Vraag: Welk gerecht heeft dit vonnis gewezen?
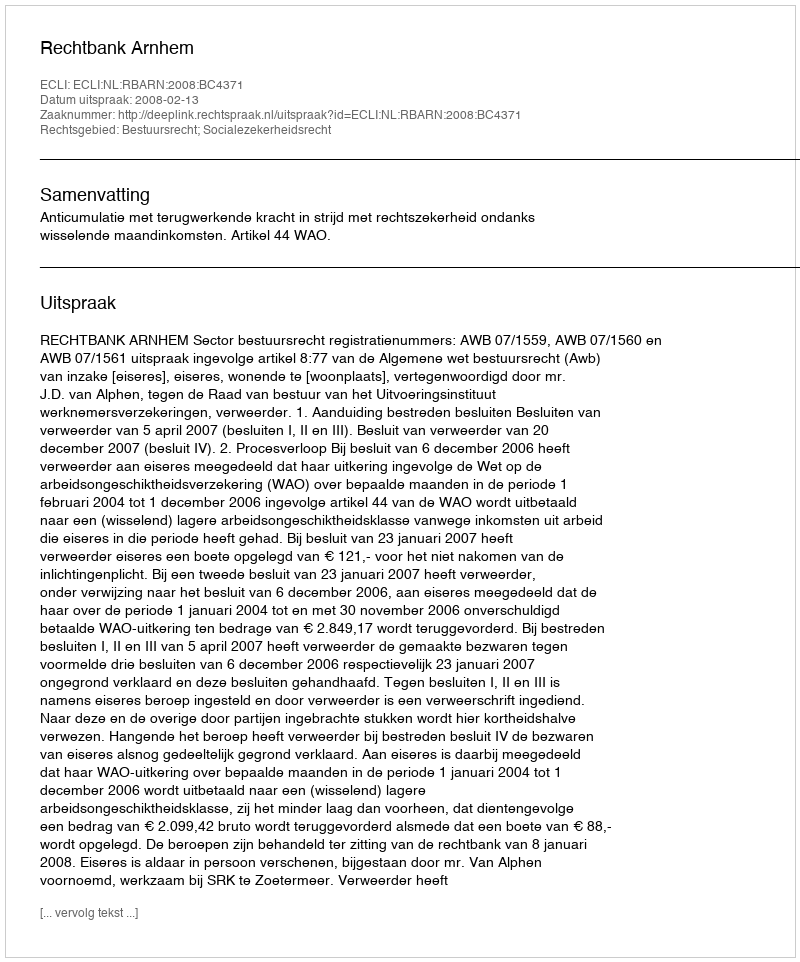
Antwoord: Rechtbank Arnhem